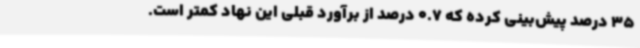
35 درصد پیش‌بینی کرده که 0.7 درصد از برآورد قبلی این نهاد کمتر است.